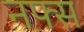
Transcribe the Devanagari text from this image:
नफ्स